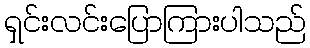
ရှင်းလင်းပြောကြားပါသည်